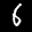
Label: 6